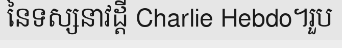
នៃទស្សនាវដ្តី Charlie Hebdo។រួប